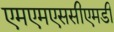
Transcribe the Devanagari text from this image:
एमएमएससीएमडी